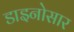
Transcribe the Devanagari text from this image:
डाइनोसार